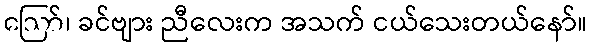
ဪ၊ ခင်ဗျား ညီလေးက အသက် ငယ်သေးတယ်နော်။